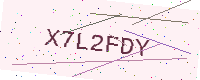
Text: X7L2FDY